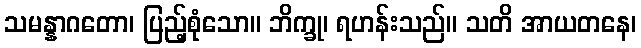
သမန္နာဂတော၊ ပြည့်စုံသော။ ဘိက္ခု၊ ရဟန်းသည်။ သတိ အာယတနေ၊